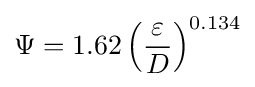
\Psi =1.62\left({\frac {\varepsilon }{D}}\right)^{0.134}